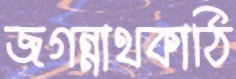
জগন্নাথকাঠি